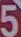
5